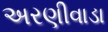
અરણીવાડા